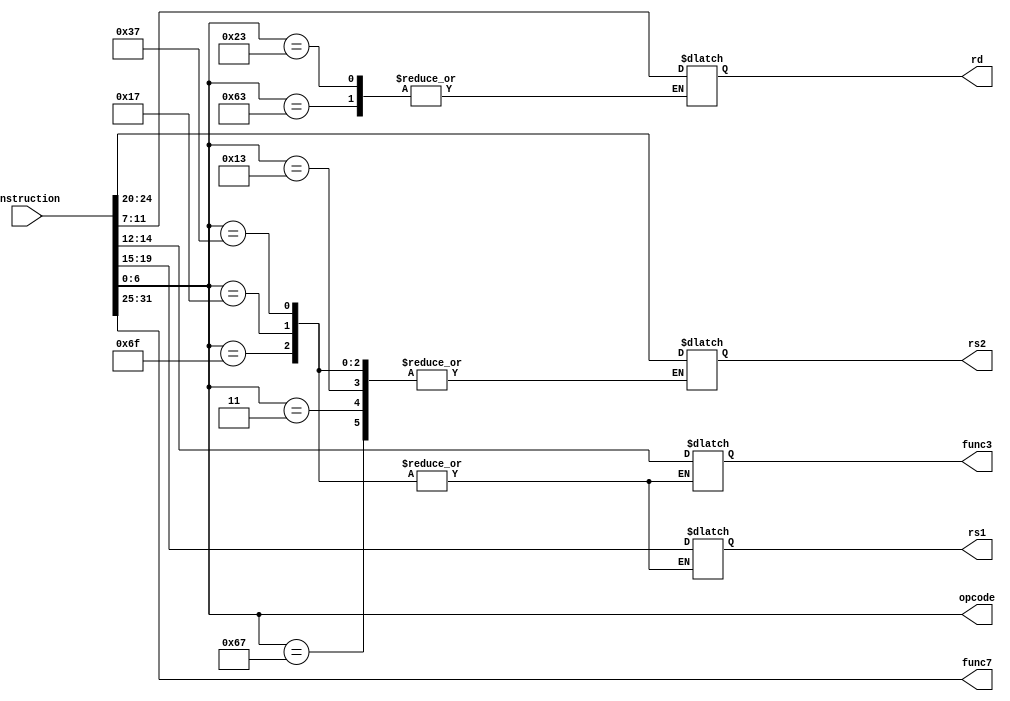
module decode (
    input [31:0] Instruction,
    output  reg [6:0] opcode,
    output  reg [2:0] func3,
    output  reg [6:0] func7,
    output  reg [4:0] rs1,
    output  reg [4:0] rs2,
    output  reg [4:0] rd
);
    parameter R_Type  =   7'b0110011;
    parameter I_Type  =   7'b0010011;
    parameter Il_Type =   7'b0000011;
    parameter S_Type  =   7'b0100011;
    parameter B_Type  =   7'b1100011;
    parameter lui     =   7'b0110111;
    parameter auipc   =   7'b0010111;
    parameter Jal     =   7'b1101111;
    parameter Jalr    =   7'b1100111;
    always @(*) begin
        opcode = Instruction[6:0];
        case (opcode)
            Jalr: 
                begin
                    rd     = Instruction[11:7];
                    rs1    = Instruction[19:15];
                    func3  = Instruction[14:12];
                end
            Jal:
                begin
                    rd     = Instruction[11:7];
                end
            auipc:
                begin
                    rd     = Instruction[11:7];
                end
            lui:
                begin
                    rd     = Instruction[11:7];
                end 
            B_Type:
                begin
                    rs1    = Instruction[19:15];
                    rs2    = Instruction[24:20];
                    func3  = Instruction[14:12];
                end
            S_Type:
                begin
                    rs1    = Instruction[19:15];
                    rs2    = Instruction[24:20];
                    func3  = Instruction[14:12];
                end 
            Il_Type:
                begin
                    rd     = Instruction[11:7];
                    rs1    = Instruction[19:15];
                    func3  = Instruction[14:12];
                end
            I_Type:
                begin
                    rd     = Instruction[11:7];
                    rs1    = Instruction[19:15];
                    func3  = Instruction[14:12];
                end
            R_Type:
                begin
                    rd     = Instruction[11:7];
                    rs1    = Instruction[19:15];
                    rs2    = Instruction[24:20];
                    func3  = Instruction[14:12];
                end
            default: 
                begin
                    rd     = Instruction[11:7];
                    rs1    = Instruction[19:15];
                    rs2    = Instruction[24:20];
                    func3  = Instruction[14:12];
                end
        endcase
    end
    assign func7  = Instruction[31:25]; 
endmodule